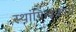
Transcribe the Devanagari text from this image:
स्थायित्वकारी